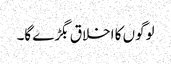
لوگوں کا اخلاق بگڑے گا۔